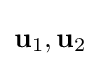
\mathbf {u} _{1},\mathbf {u} _{2}